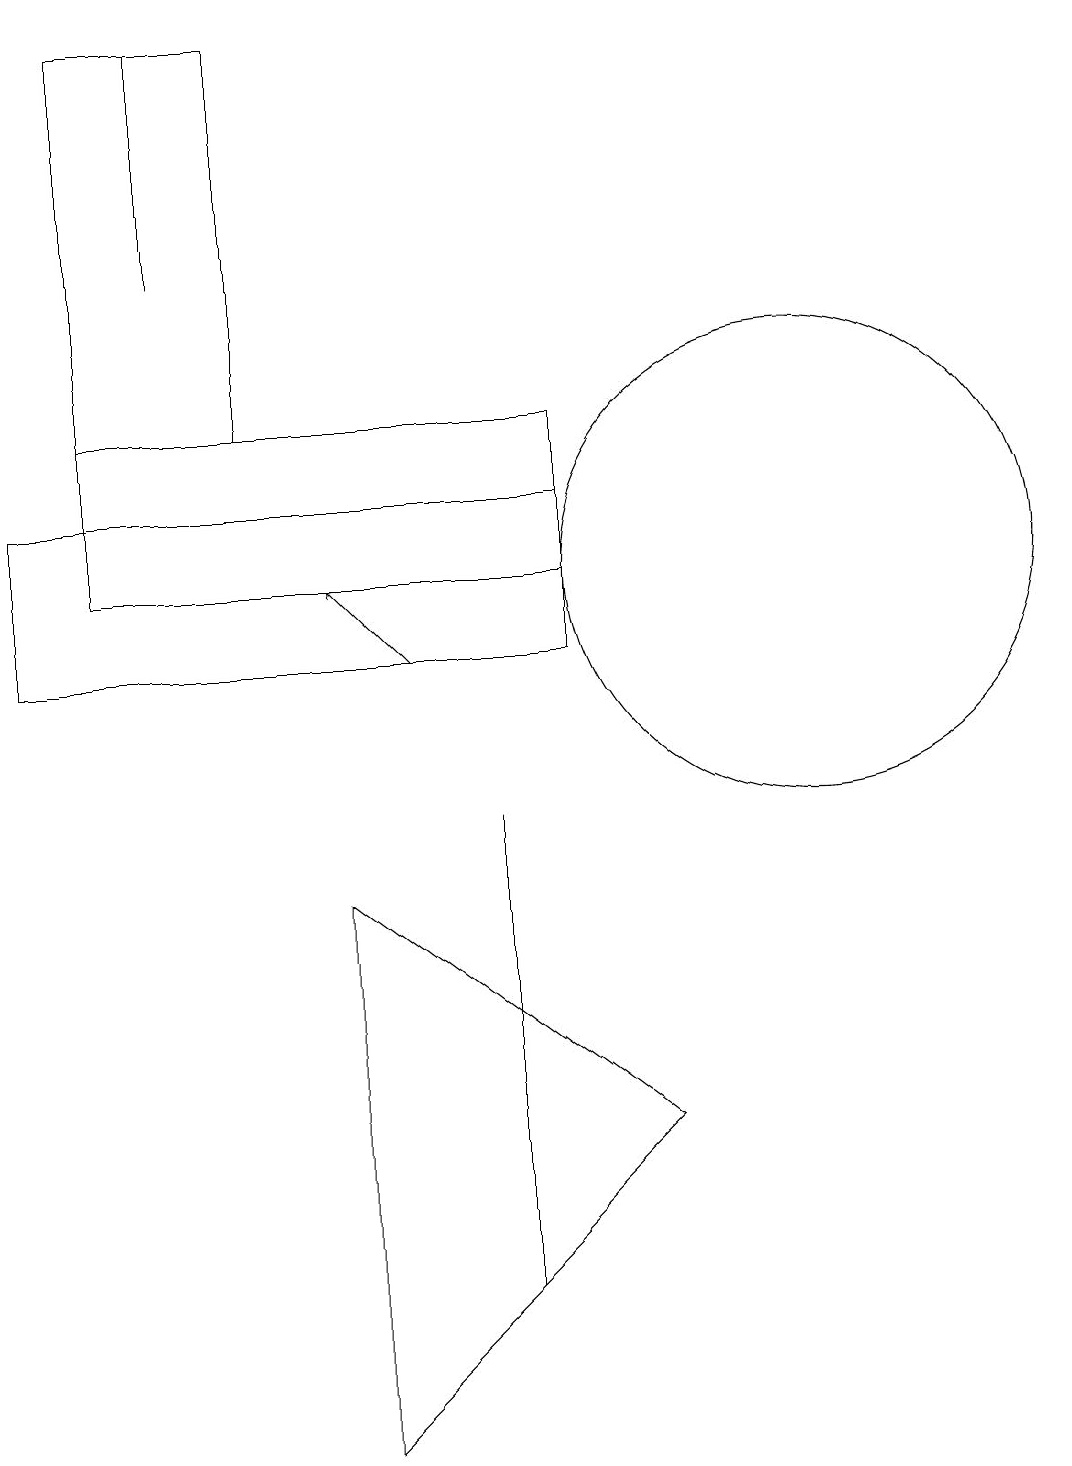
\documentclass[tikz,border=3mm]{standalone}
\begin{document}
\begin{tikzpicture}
\draw (10,11) circle (3);
\draw (1,13) rectangle (3,18);
\draw (4,7) -- (4,0) -- (8,4) -- cycle;
\draw (2,18) rectangle (2,15);
\draw (6,2) -- (6,8) -- (6,4) -- cycle;
\draw (7,13) rectangle (1,11);
\draw (0,10) rectangle (7,12);
\draw[->] (5,10) -- (4,11);
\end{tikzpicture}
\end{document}